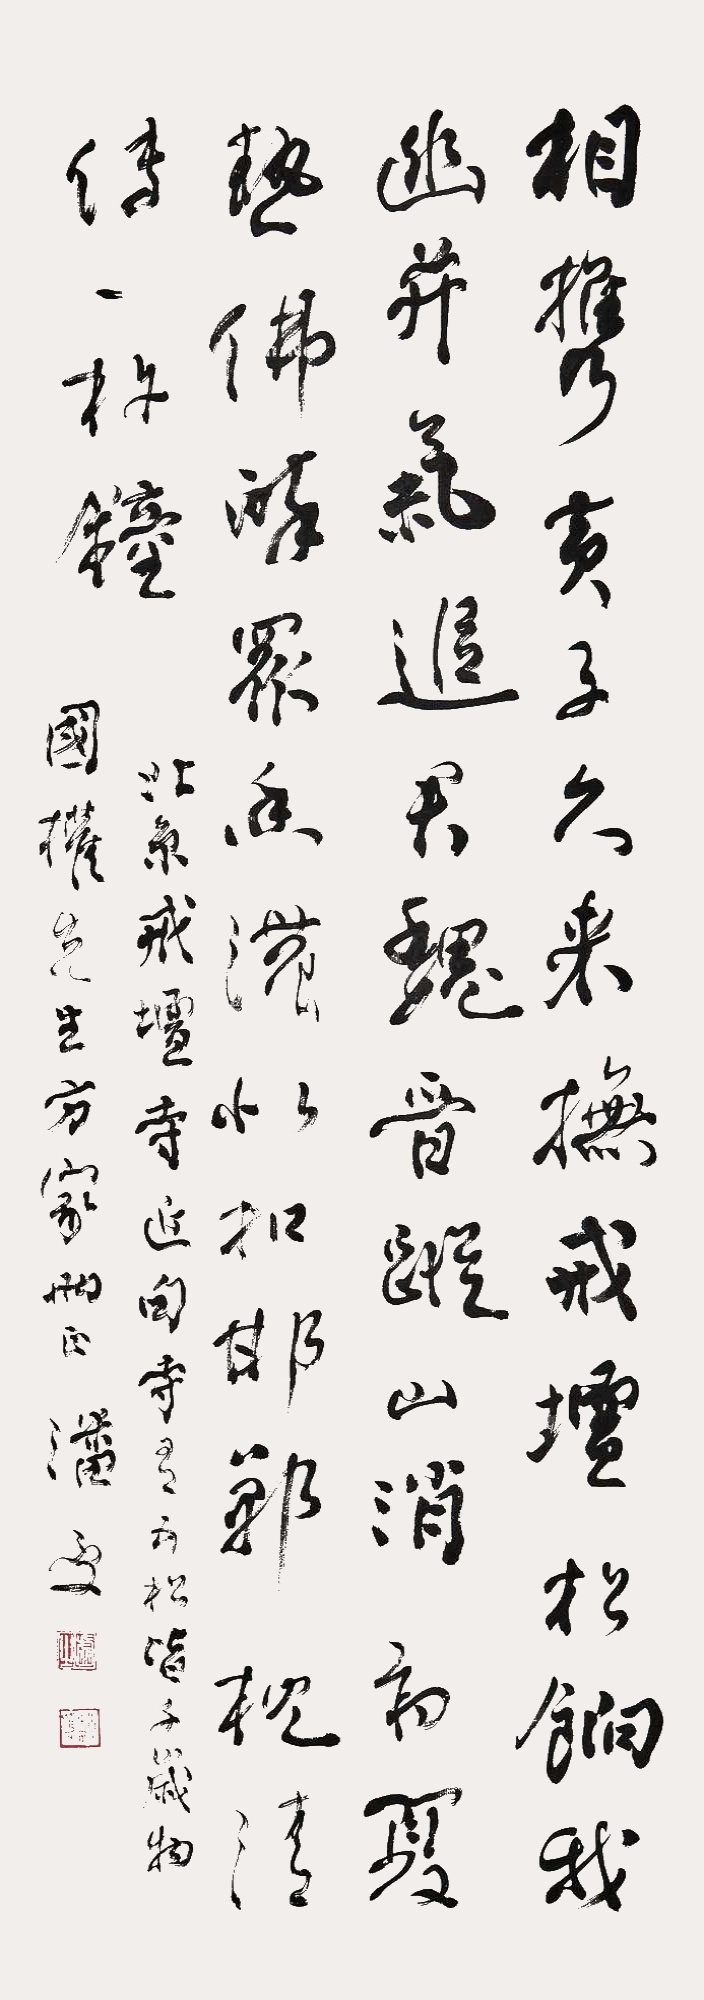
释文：相携黄子久，来抚戒坛松。饷我幽并气，追君魏晋踪。山消初夏热，佛醉众香浓。似扣邯郸枕，清传一杵钟。北京戒坛寺近句。寺有五松，皆千岁物。国权先生方家两正，潘受。